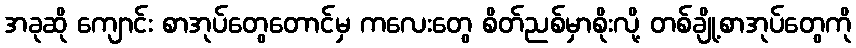
အခုဆို ကျောင်း စာအုပ်တွေတောင်မှ ကလေးတွေ စိတ်ညစ်မှာစိုးလို့ တစ်ချို့စာအုပ်တွေကို